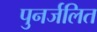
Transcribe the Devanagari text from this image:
पुनर्जलित